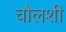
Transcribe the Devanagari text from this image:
चौलशी